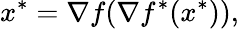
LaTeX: x^{*}=\nabla f(\nabla f^{*}(x^{*})),